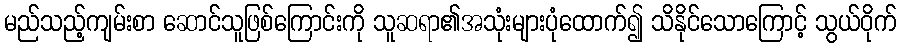
မည်သည့်ကျမ်းစာ ဆောင်သူဖြစ်ကြောင်းကို သူဆရာ၏အသုံးများပုံထောက်၍ သိနိုင်သောကြောင့် သွယ်ဝိုက်